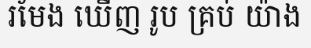
រមែង ឃើញ រូប គ្រប់ យ៉ាង